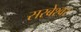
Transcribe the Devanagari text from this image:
सरबेश्‍वर